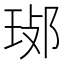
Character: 𤥸